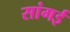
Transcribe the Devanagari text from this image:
सांगई